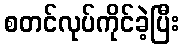
စတင်လုပ်ကိုင်ခဲ့ပြီး